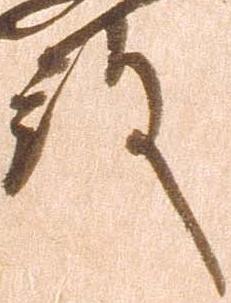
殿